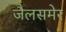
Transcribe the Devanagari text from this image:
जैलसमेर